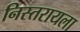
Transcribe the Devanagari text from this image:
निस्तरायला